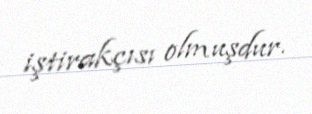
iştirakçısı olmuşdur.